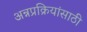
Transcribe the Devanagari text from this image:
अन्नप्रक्रियांसाठी